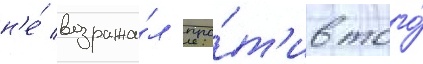
н'е́ возража́л про́т'ив того́